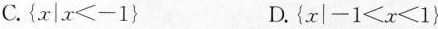
C.$$\left \{ x | x ＜- 1 \right \}$$ D.$$\left \{ x | - 1 ＜ x ＜ 1 \right \}$$